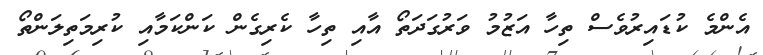
އެންމެ ކުޑައިރުވެސް ތިހާ އަޒުމު ވަރުގަދަތޯ އާއި ތިހާ ކެރިގެން ކަންކަމާއި ކުރިމަތިލަންތޯ